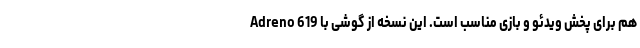
Adreno 619 هم برای پخش ویدئو و بازی مناسب است. این نسخه از گوشی با